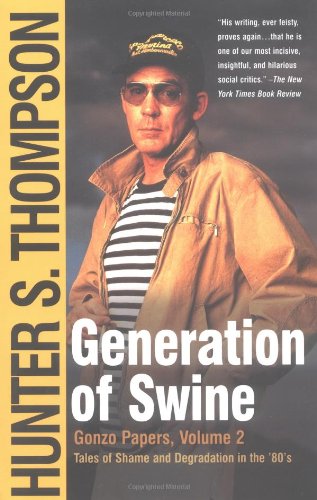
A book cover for Generation of Swine: Tales of Shame and Degradation in the '80's; Hunter S. Thompson; Biographies & Memoirs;